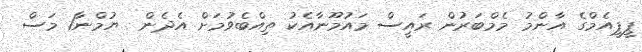
ޕީޕީއެމްގެ އާންމު މެމްބަރުން ރައީސް މައުމޫނާއެކު ތިއްބެވުމަށް އެދެން  ޔުމްނާ1 މަސް